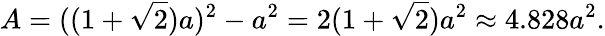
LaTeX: A=((1+{\sqrt{2}})a)^{2}-a^{2}=2(1+{\sqrt{2}})a^{2}\approx 4.828a^{2}.